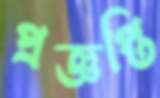
প্রজ্ঞপ্তি